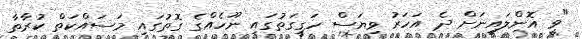
"ވީ އޮންލައިނަށް ދެ އަހަރު ވިޔަސް ހަގީގަތުގައި ނޫހެއްގެ ގޮތުގައި މަސައްކަތް ކުރާތާ